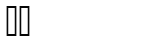
١٨